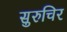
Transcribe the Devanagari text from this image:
सुरुचिर